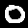
Label: 0